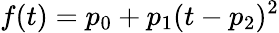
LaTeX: f(t)=p_{0}+p_{1}(t-p_{2})^{2}